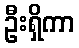
ဦးရှိကာ